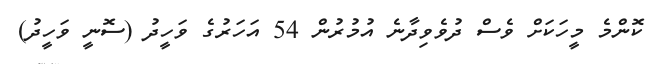
ކޮންމެ މީހަކަށް ވެސް ދުވެވިދާނެ އުމުރުން 54 އަހަރުގެ ވަހީދު (ސޮނީ ވަހީދު)